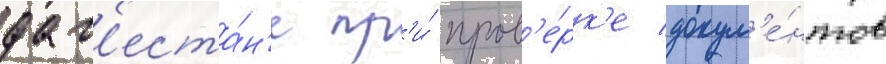
даг'еста́н'е пр'и́ пров'е́рк'е докум'е́нтов